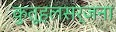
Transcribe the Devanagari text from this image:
कुतूहलसर्जना